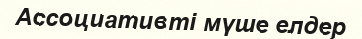
Ассоциативті мүше елдер